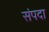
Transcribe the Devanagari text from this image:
संंपदा